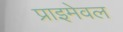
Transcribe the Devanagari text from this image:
प्राइमेवल